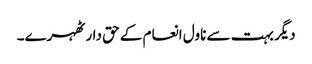
دیگر بہت سے ناول انعام کے حق دار ٹھہرے۔